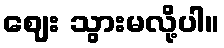
ဈေး သွားမလို့ပါ။